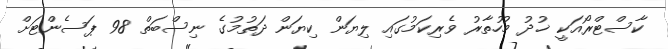
ކާސްޓްރޯއަކީ ޚުދު މުހުތާރު ވެރިކަމުގައި ލިޔަން ކިޔަން ދަތުމުގެ ނިސްބަތް 98 ޕަސެންޓަށް